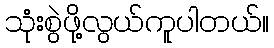
သုံးစွဲဖို့လွယ်ကူပါတယ်။